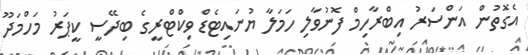
އެގޮތުން އަންސަރު އިބްރާހިމް ފޮނުވާލި ހަމަލާ ޔުނައިޓެޑް ވިކްޓްރީގެ ބިދޭސީ ކީޕަރު މަހްމަދޫ